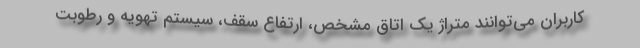
کاربران می‌توانند متراژ یک اتاق مشخص، ارتفاع سقف، سیستم تهویه و رطوبت